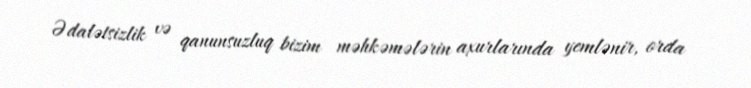
Ədalətsizlik və qanunsuzluq bizim məhkəmələrin axurlarında yemlənir, orda